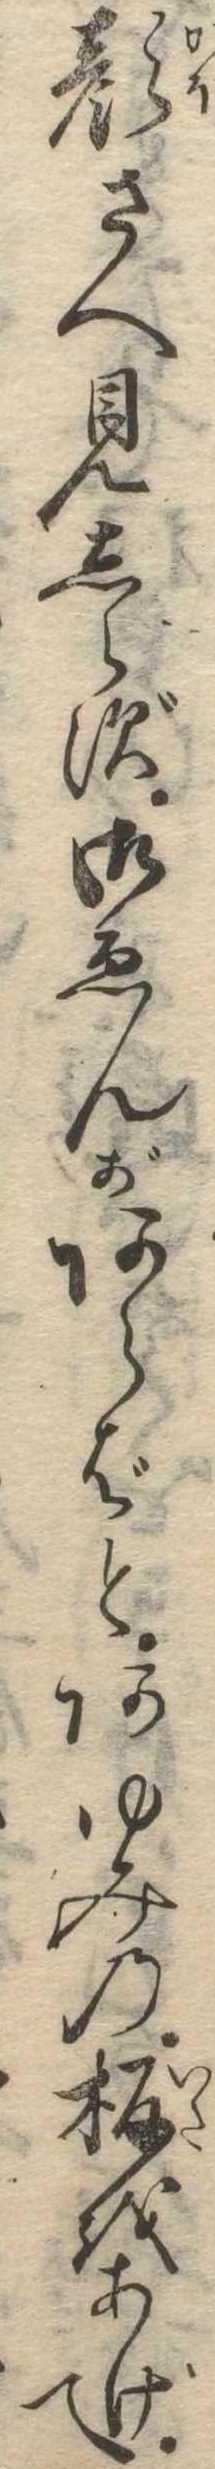
顔さへ見しらず御ゑんがあらばとあゆみの板をあげて